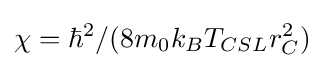
\chi =\hbar ^{2}/(8m_{0}k_{B}T_{CSL}r_{C}^{2})